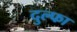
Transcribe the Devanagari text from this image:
दुल्‍फा